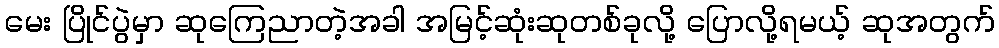
မေး ပြိုင်ပွဲမှာ ဆုကြေညာတဲ့အခါ အမြင့်ဆုံးဆုတစ်ခုလို့ ပြောလို့ရမယ့် ဆုအတွက်